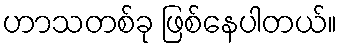
ဟာသတစ်ခု ဖြစ်နေပါတယ်။